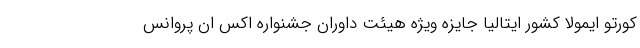
کورتو ایمولا کشور ایتالیا جایزه ویژه هیئت داوران جشنواره اکس ان پروانس